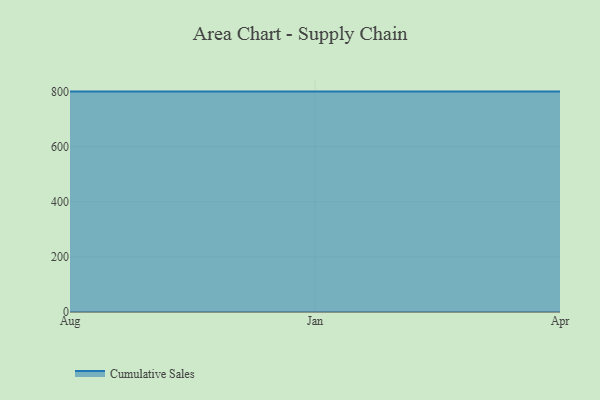
{"axis": {"x": "Month", "y": "Production Output"}, "legend": ["Cumulative Sales"], "data": [{"x": "Aug", "y": 800, "type": "Cumulative Sales"}, {"x": "Jan", "y": 800, "type": "Cumulative Sales"}, {"x": "Apr", "y": 800, "type": "Cumulative Sales"}]}